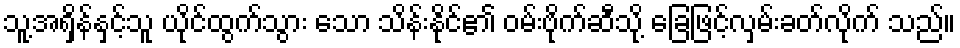
သူ့အရှိန်နှင့်သူ ယိုင်ထွက်သွား သော သိန်းနိုင်၏ ဝမ်းဗိုက်ဆီသို့ ခြေဖြင့်လှမ်းခတ်လိုက် သည်။